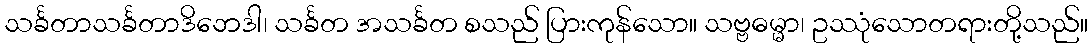
သင်္ခတာသင်္ခတာဒိဘေဒါ၊ သင်္ခတ အသင်္ခတ စသည် ပြားကုန်သော။ သဗ္ဗဓမ္မာ၊ ဥဿုံသောတရားတို့သည်။